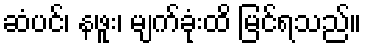
ဆံပင်၊ နဖူး၊ မျက်ခုံးထိ မြင်ရသည်။